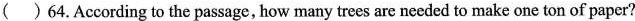
( )64.According to the passage, how many trees are needed to make one ton of paper?